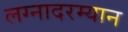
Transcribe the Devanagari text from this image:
लग्नादरम्यान